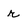
Character: r